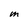
Character: M